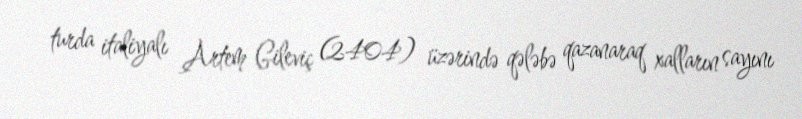
turda italiyalı Artem Gileviç (2404) üzərində qələbə qazanaraq xalların sayını